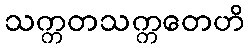
သက္ကတသက္ကတေဟိ